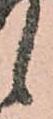
候